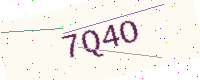
Text: 7Q4O